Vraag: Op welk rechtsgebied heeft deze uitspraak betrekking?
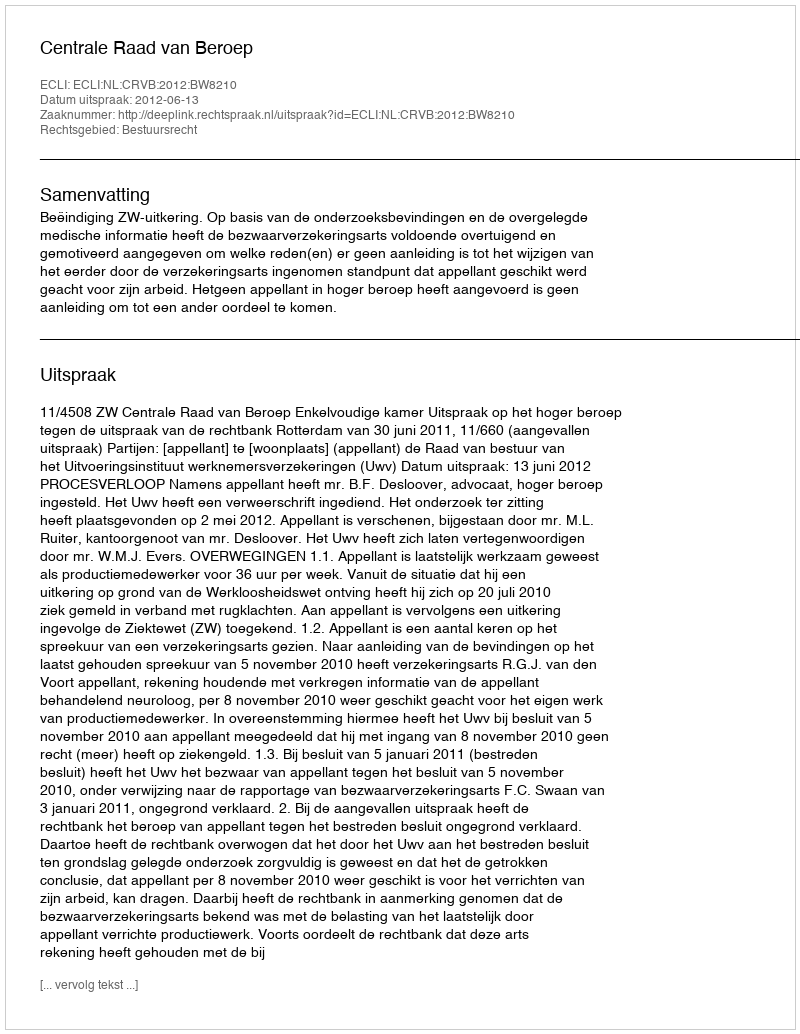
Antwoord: Bestuursrecht